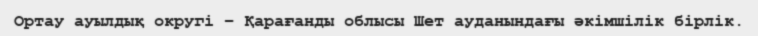
Ортау ауылдық округі – Қарағанды облысы Шет ауданындағы әкімшілік бірлік.